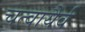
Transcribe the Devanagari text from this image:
चत्वायैर्व